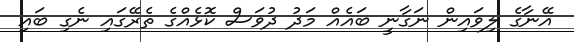
އޭނާގެ ލިވައިން ނަގާނީ ބައެއް މަދު ދުވަސް ކޮޅެއްގެ ތެރޭގައި ނެގި ބައި